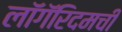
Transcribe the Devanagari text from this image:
लॉगॅरिदमची